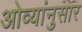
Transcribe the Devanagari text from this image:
ओव्यांनुसार